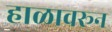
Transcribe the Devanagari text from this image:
हाळावरून